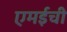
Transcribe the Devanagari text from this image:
एमईची